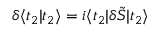
\delta \langle t _ { 2 } | t _ { 2 } \rangle = i \langle t _ { 2 } | \delta \tilde { S } | t _ { 2 } \rangle